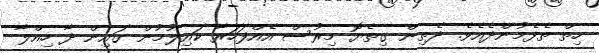
ހިތް ތެޅެމުންދެއެވެ. ދެތިން ގިތެޔޮ މިރުސް އެއްފަހަރާ ކައިލުމުން ގައިން ދާ ހިއްލާ